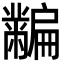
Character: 𪓎